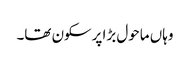
وہاں ماحول بڑا پرسکون تھا۔